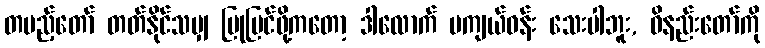
တပည့်တော် တတ်နိုင်သမျှ ပြုပြင်ဖို့ကတော့ ဒါလောက် မကျယ်ဝန်း သေးပါဘူး, ဝိနည်းတော်ကို